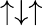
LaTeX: \uparrow\downarrow\uparrow